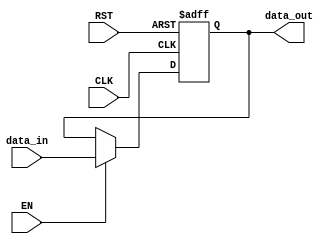
module register_en #(
	parameter 	width = 32,
				INIT_VAL = 0
	)(
	input	wire					CLK,
	input	wire 					RST,  /*active low asynchronous reset*/
	input	wire 					EN,  
	input 	wire 	[width-1:0]		data_in,
	output	reg		[width-1:0]		data_out

    );
	 
	 always @(posedge CLK, negedge RST)begin
		if(!RST)begin
			data_out <= INIT_VAL;
		end
		else if (EN) begin
			data_out <= data_in;
		end
	 end

endmodule